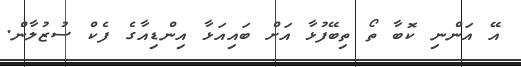
އޭ އަންނި ކޮބާ ތޯ ތިބޭފުޅާ އަށް ބައިއަޅާ އިންޑިއާގެ ފެކް ސުޒުލާން.